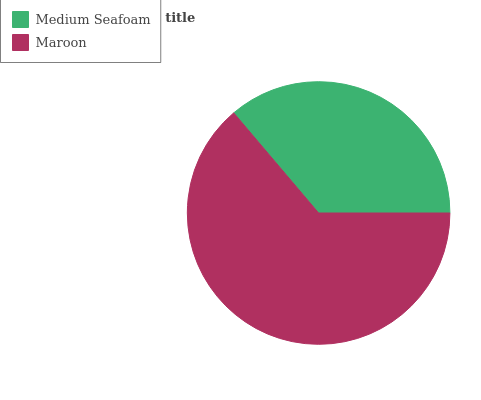
| Medium Seafoam | Maroon |
 | --- | --- |
 | 36.1% | 63.9% |